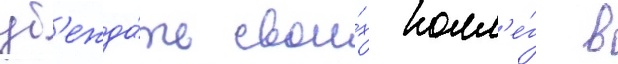
уб'ежда́ть свои́х колл'е́г в